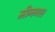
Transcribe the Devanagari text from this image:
मीनगल